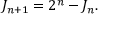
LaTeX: J _ { n + 1 } = 2 ^ { n } - J _ { n } .